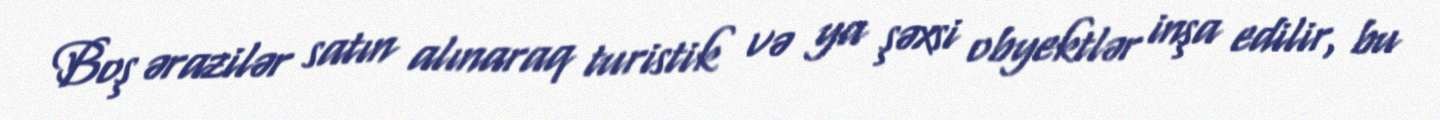
Boş ərazilər satın alınaraq turistik və ya şəxsi obyektlər inşa edilir, bu